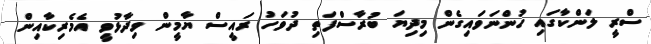
ސްރީ ލަންކާގައި ހުންނަވައިގެން މިދިޔަ ބުރާސްފަތި ދުވަހު ރައީސް ޔާމީން ވިދާޅުވީ އެމެރިކާއިން